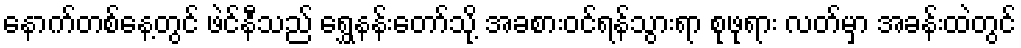
နောက်တစ်နေ့တွင် ဖဲင်နီသည် ရွှေနန်းတော်သို့ အခစားဝင်ရန်သွားရာ စုဖုရား လတ်မှာ အခန်းထဲတွင်